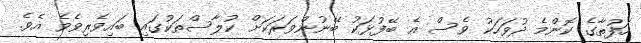
ހަފުތާގެ ކޮންމެ ދުވަހަކު ވެސް އެ ބޭފުޅަކު ބޭނުންވަރަކަށް ކުލާސްތަކުގައި ބައިވެރިވެވެ އެވެ.